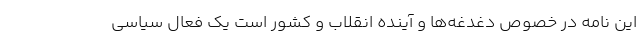
این نامه در خصوص دغدغه‌ها و آینده انقلاب و کشور است یک فعال سیاسی